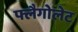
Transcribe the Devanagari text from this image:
फ्लैगोलेट